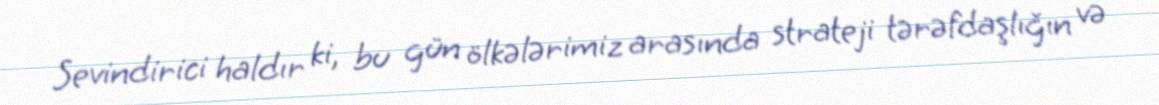
Sevindirici haldır ki, bu gün ölkələrimiz arasında strateji tərəfdaşlığın və